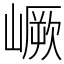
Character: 嶥